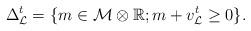
LaTeX: \begin{align*}\Delta^t_{\mathcal{L}}=\{m\in \mathcal{M}\otimes \mathbb{R} ; m+v^t_{\mathcal{L}}\geq 0 \}.\end{align*}